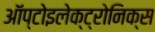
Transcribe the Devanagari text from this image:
ऑप्टोइलेक्ट्रोनिक्स